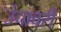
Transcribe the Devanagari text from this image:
उंचावरी